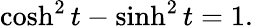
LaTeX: \cosh^{2}t-\sinh^{2}t=1.